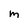
Character: m